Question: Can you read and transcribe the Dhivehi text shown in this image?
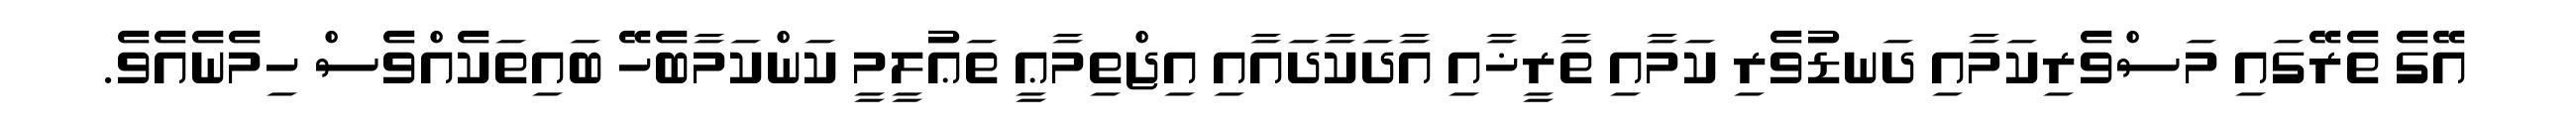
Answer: އޭގެ ތެރޭގައި މަސްވެރިކަމާއި ދަނޑުވެރި ކަމާއި ތާރީޚާއި އާދަކާދައާއި އިޖްތިމާޢީ ތަޢުލީމީ ކަންކަމާބެހޭ ބައިތަކެއްވެސް ހިމެނެއެވެ.